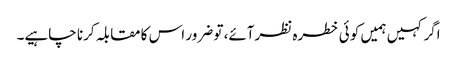
اگر کہیں ہمیں کو ئی خطرہ نظرآئے، تو ضرور اس کا مقابلہ کرنا چاہیے۔